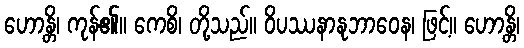
ဟောန္တိ၊ ကုန်၏။ ကေစိ၊ တို့သည်။ ဝိပဿနာနုဘာဝေန၊ ဖြင့်။ ဟောန္တိ၊